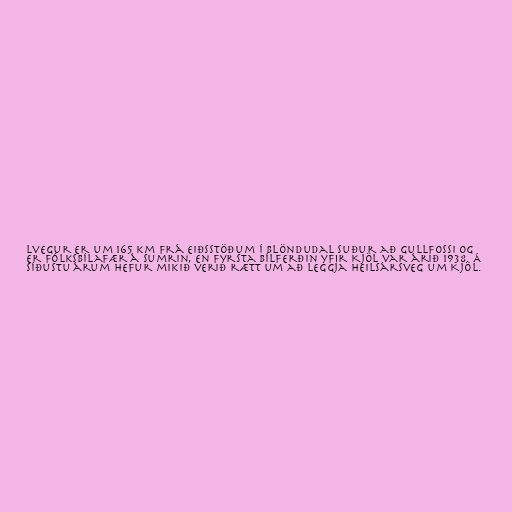
lvegur er um 165 km frá Eiðsstöðum í Blöndudal suður að Gullfossi og
er fólksbílafær á sumrin, en fyrsta bílferðin yfir Kjöl var árið 1938. Á
síðustu árum hefur mikið verið rætt um að leggja heilsársveg um Kjöl.